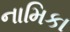
નામિકા